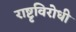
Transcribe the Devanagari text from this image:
राष्टृविरोधी